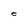
Character: 0